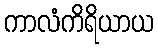
ကာလံကိရိယာယ